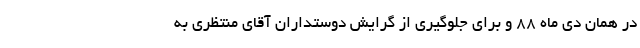
در همان دی ماه 88 و برای جلوگیری از گرایش دوستداران آقای منتظری به